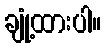
ချုံ့ထားပါ။